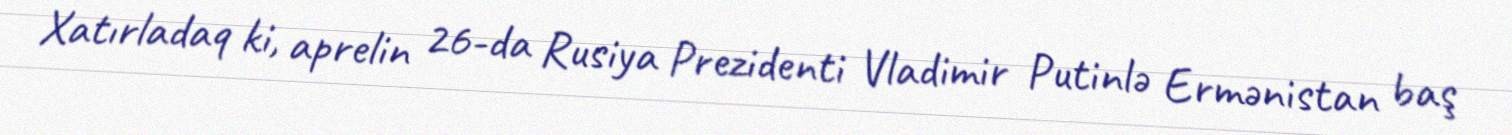
Xatırladaq ki, aprelin 26-da Rusiya Prezidenti Vladimir Putinlə Ermənistan baş